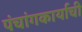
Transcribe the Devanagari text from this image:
पंचांगकार्याची